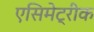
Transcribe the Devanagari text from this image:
एसिमेट्रीक